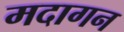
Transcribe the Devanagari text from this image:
मदागन